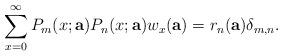
LaTeX: \begin{align*}\sum_{x=0}^{\infty}P_m(x;{\bf a})P_n(x;{\bf a})w_x({\bf a})=r_n({\bf a})\delta_{m,n}.\end{align*}